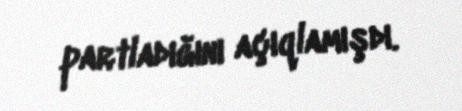
partladığını açıqlamışdı.